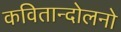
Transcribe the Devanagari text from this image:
कवितान्दोलनो